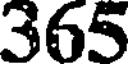
365